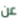
عن